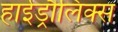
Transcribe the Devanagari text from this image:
हाईड्रौलिक्स